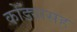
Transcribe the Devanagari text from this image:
कोँड्यासह